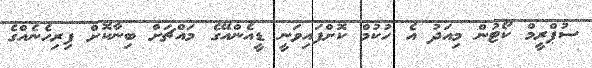
ސުޕްރީމް ކޯޓުން މިއަދު އެ ހުކުމް ކޮށްފައިވަނީ ޑީއެންއޭގެ މައްޗަށް ބިނާކޮށް ފިރިހެނެއްގެ